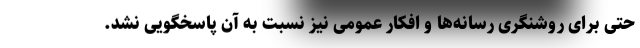
حتی برای روشنگری رسانه‌ها و افکار عمومی نیز نسبت به آن پاسخگویی نشد.